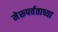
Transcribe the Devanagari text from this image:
मेरूपर्वताच्या